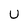
Character: u